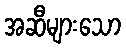
အဆီများသော